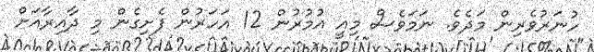
ހުނަރުވެރިން މަދެވެ. ނަމަވެސް މިއީ އުމުރުން 12 އަހަރުން ފެށިގެން މި ދާއިރާއަށް